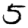
Digit: 5